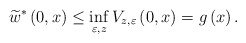
\begin{align*}\widetilde{w}^{\ast }\left(0,x\right)\leq \inf_{\varepsilon ,z}V_{z,\varepsilon}\left(0,x\right)=g\left(x\right). \end{align*}